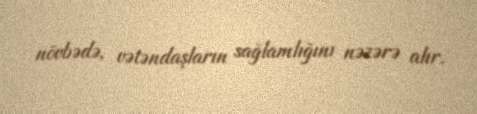
növbədə, vətəndaşların sağlamlığını nəzərə alır.